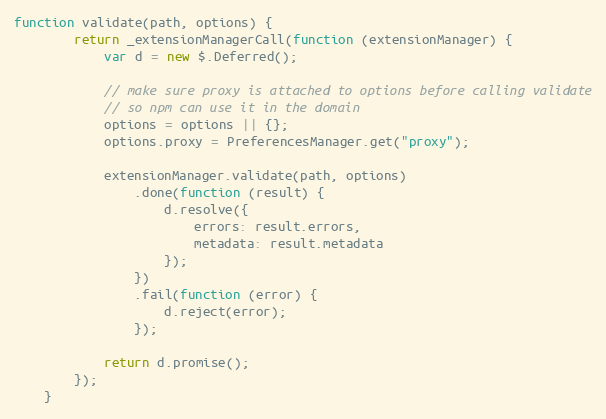
Language: JavaScript
function validate(path, options) {
        return _extensionManagerCall(function (extensionManager) {
            var d = new $.Deferred();

            // make sure proxy is attached to options before calling validate
            // so npm can use it in the domain
            options = options || {};
            options.proxy = PreferencesManager.get("proxy");

            extensionManager.validate(path, options)
                .done(function (result) {
                    d.resolve({
                        errors: result.errors,
                        metadata: result.metadata
                    });
                })
                .fail(function (error) {
                    d.reject(error);
                });

            return d.promise();
        });
    }